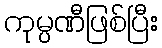
ကုမ္ပဏီဖြစ်ပြီး